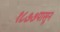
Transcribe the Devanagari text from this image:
१८७७पासून